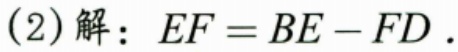
(2) 解：\(EF = BE - FD\).